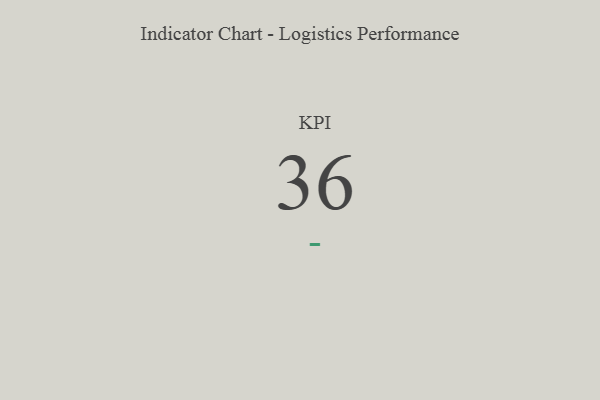
{"axis": {"x": "KPI", "y": "Value"}, "legend": [""], "data": [{"x": "KPI", "y": 36, "type": ""}]}